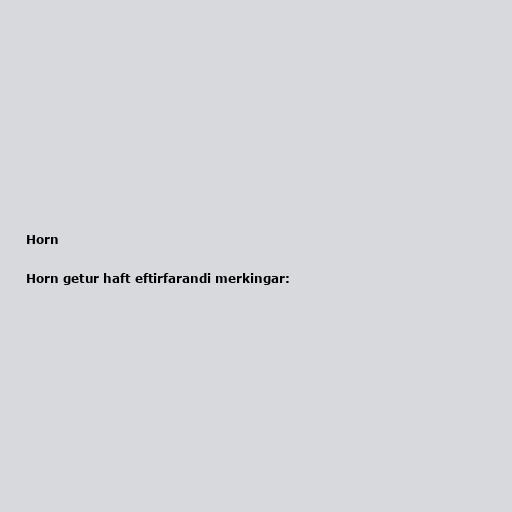
Horn

Horn getur haft eftirfarandi merkingar: